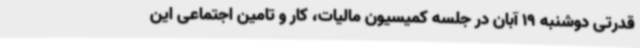
قدرتی دوشنبه 19 آبان در جلسه کمیسیون مالیات، کار و تامین اجتماعی این